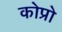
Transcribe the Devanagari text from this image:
कोप्रो